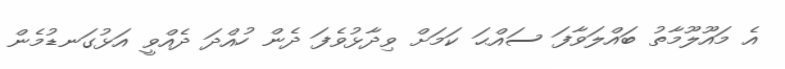
އެ މައޫލޫމާތު ބައްލަވާފަ ސައްޙަ ކަމަށް ވިދާޅުވެފަ ދެން ހުއްދަ ދެއްވީ އަޅުގަނޑުމެން